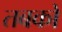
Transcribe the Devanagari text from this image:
तबको